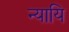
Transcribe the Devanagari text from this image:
न्यायि